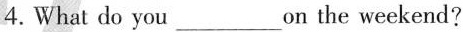
4.What do you___on the weekend?